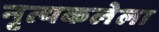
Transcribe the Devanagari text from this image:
नृत्यकलेला